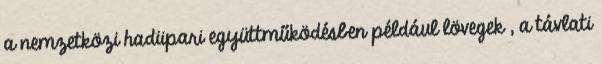
a nemzetközi hadiipari együttműködésben például lövegek , a távlati